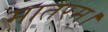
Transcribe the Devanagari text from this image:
मातरम्‌।